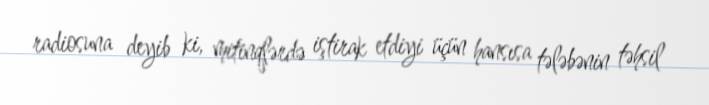
radiosuna deyib ki, mitinqlərdə iştirak etdiyi üçün hansısa tələbənin təhsil